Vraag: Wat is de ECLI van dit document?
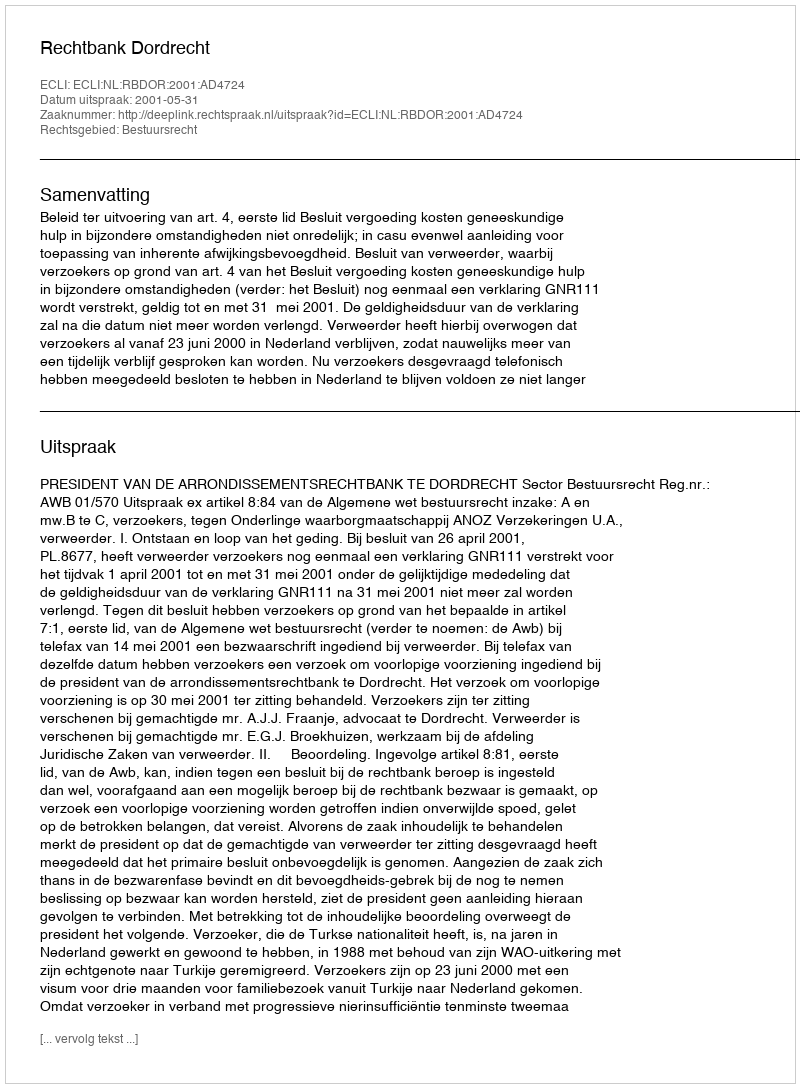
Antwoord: ECLI:NL:RBDOR:2001:AD4724